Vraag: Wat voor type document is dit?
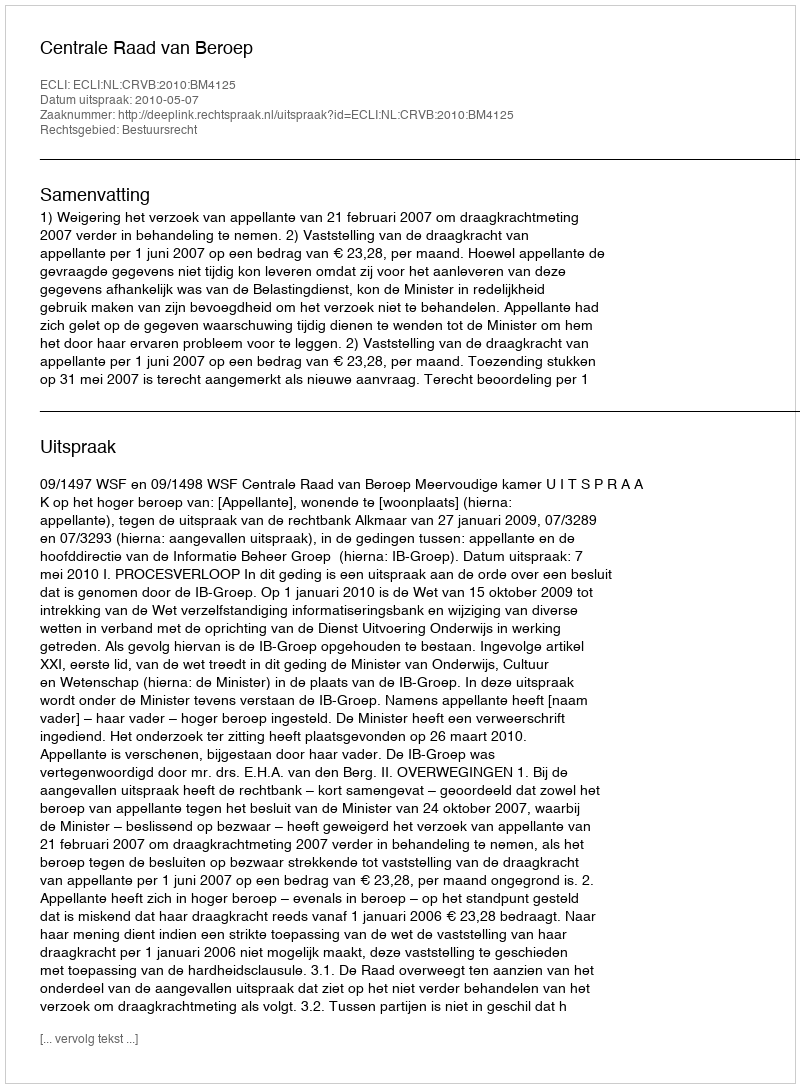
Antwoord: Uitspraak